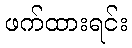
ဖက်ထားရင်း